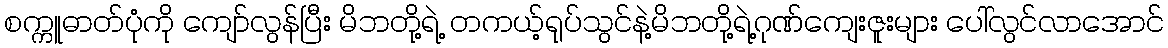
စက္ကူဓာတ်ပုံကို ကျော်လွန်ပြီး မိဘတို့ရဲ့ တကယ့်ရုပ်သွင်နဲ့မိဘတို့ရဲ့ဂုဏ်ကျေးဇူးများ ပေါ်လွင်လာအောင်